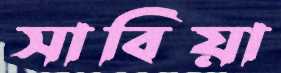
সাবিয়া